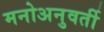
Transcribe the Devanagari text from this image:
मनोअनुवर्ती